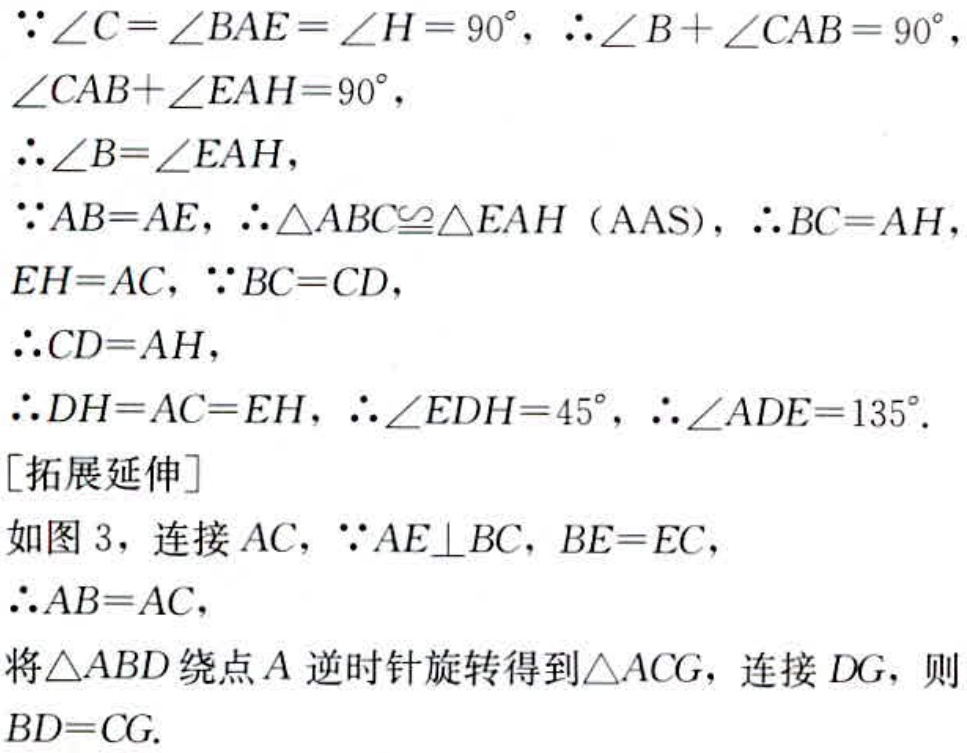
\(\because\angle C = \angle BAE=\angle H = 90^{\circ},\therefore\angle B+\angle CAB = 90^{\circ},\)
\(\angle CAB+\angle EAH = 90^{\circ},\)
\(\therefore\angle B=\angle EAH,\)
\(\because AB = AE,\therefore\triangle ABC\cong\triangle EAH(\text{AAS}),\therefore BC = AH,\)
\(EH = AC,\because BC = CD,\)
\(\therefore CD = AH,\)
\(\therefore DH = AC = EH,\therefore\angle EDH = 45^{\circ},\therefore\angle ADE = 135^{\circ}.\)
[拓展延伸]
如图 3，连接 \(AC,\because AE\perp BC,BE = EC,\)
\(\therefore AB = AC,\)
将\(\triangle ABD\)绕点\(A\)逆时针旋转得到\(\triangle ACG\)，连接\(DG\)，则
\(BD = CG.\)